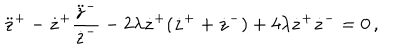
\ddot { z } ^ { + } - \dot { z } ^ { + } \frac { \ddot { z } ^ { - } } { \dot { z } ^ { - } } - 2 \lambda \dot { z } ^ { + } ( \dot { z } ^ { + } + \dot { z } ^ { - } ) + 4 \lambda \dot { z } ^ { + } \dot { z } ^ { - } = 0 \, ,